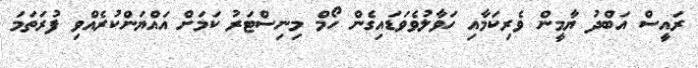
ރައީސް އަބްދު ޔާމީން ވެރިކަމާއި ހަވާލުވެވަޑައިގެން ހޯމް މިނިސްޓަރު ކަމަށް އައްޔަންކުރެއްވި ފުރަތަމަ